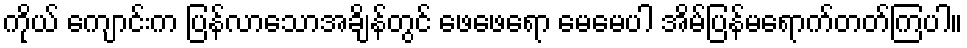
ကိုယ် ကျောင်းက ပြန်လာသောအချိန်တွင် ဖေဖေရော မေမေပါ အိမ်ပြန်မရောက်တတ်ကြပါ။